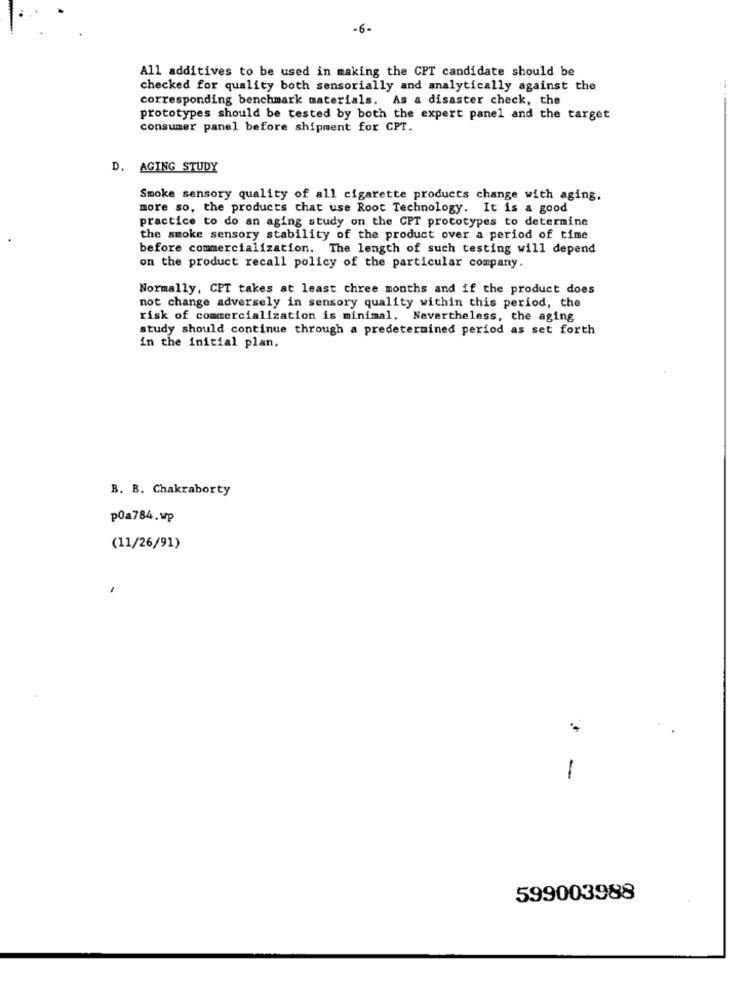
-6-
All additives to be used in making the CPT candidate should be
checked for quality both sensorially and analytically against the
corresponding benchmark materials. As a disaster check, the
prototypes should be tested by both the expert panel and the target
consumer panel before shipment for CPT.
D. AGING STUDY
Smoke sensory quality of all cigarette products change with aging,
more so, the products that use Root Technology. It is a good
practice to do an aging study on the CPT prototypes to determine
the smoke sensory stability of the product over a period of time
before commercialization. The length of such testing will depend
on the product recall policy of the particular company.
Normally, CPT takes at least three months and if the product does
not change adversely in sensory quality within this period, the
risk of commercialization is minimal. Nevertheless, the aging
study should continue through a predetermined period as set forth
in the initial plan.
B. B. Chakraborty
p0a784.wp
(11/26/91)
-
599003988